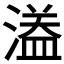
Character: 𱨞